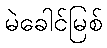
မဲခေါင်မြစ်